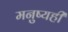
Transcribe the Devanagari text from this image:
मनुष्यही